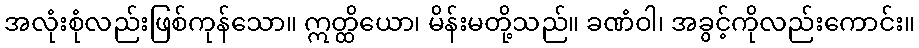
အလုံးစုံလည်းဖြစ်ကုန်သော။ ဣတ္ထိယော၊ မိန်းမတို့သည်။ ခဏံဝါ၊ အခွင့်ကိုလည်းကောင်း။